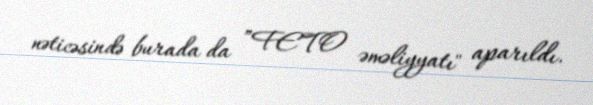
nəticəsində burada da ”FETO əməliyyatı" aparıldı.